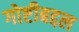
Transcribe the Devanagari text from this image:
गोष्टीबद्दल